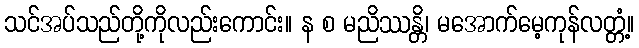
သင်အပ်သည်တို့ကိုလည်းကောင်း။ န စ မညိဿန္တိ၊ မအောက်မေ့ကုန်လတ္တံ့။